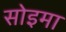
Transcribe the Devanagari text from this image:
सोइमा